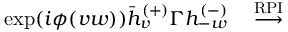
\exp ( i \phi ( v w ) ) \bar { h } _ { v } ^ { ( + ) } \Gamma h _ { - w } ^ { ( - ) } \quad \stackrel { \mathrm { R P I } } { \longrightarrow } \quad